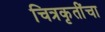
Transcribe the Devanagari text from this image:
चित्रकृतींचा